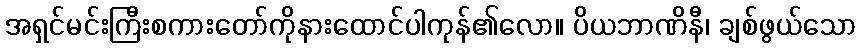
အရှင်မင်းကြီးစကားတော်ကိုနားထောင်ပါကုန်၏လော။ ပိယဘာဏိနီ၊ ချစ်ဖွယ်သော